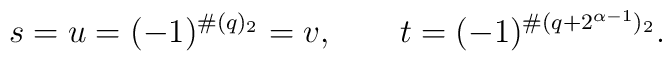
s=u=(-1)^{\#(q)_2}=v,\qquad t=(-1)^{\#(q+2^{\alpha-1})_2}.